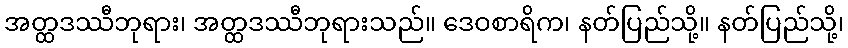
အတ္ထဒဿီဘုရား၊ အတ္ထဒဿီဘုရားသည်။ ဒေဝစာရိက၊ နတ်ပြည်သို့။ နတ်ပြည်သို့၊